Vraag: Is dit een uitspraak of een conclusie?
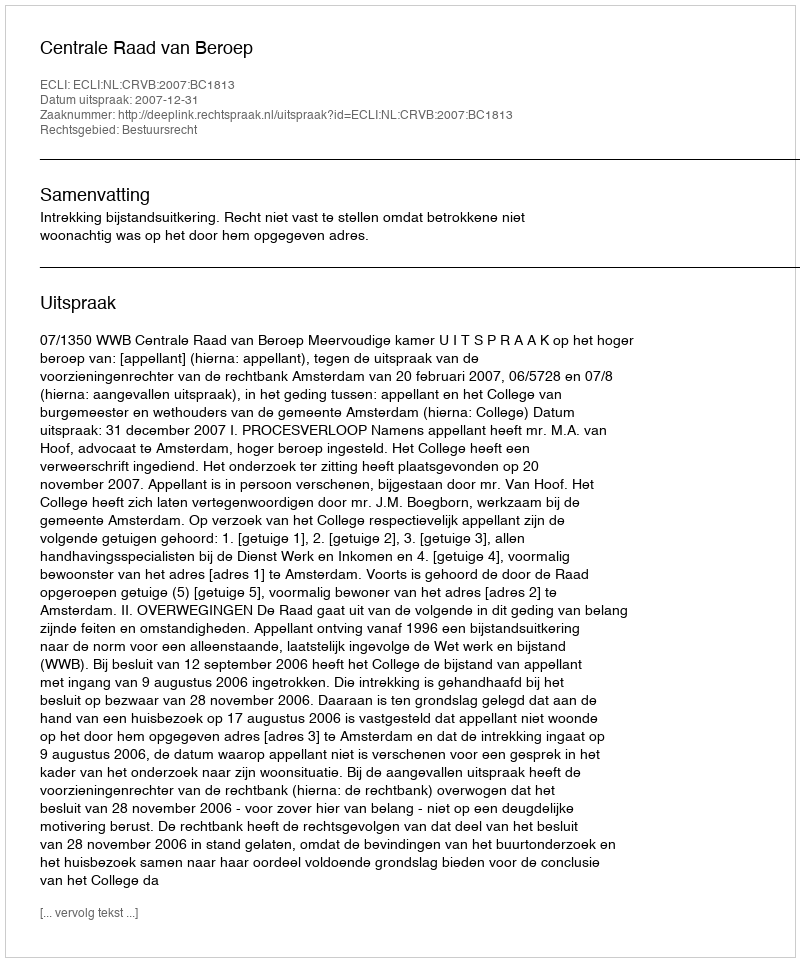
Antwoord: Uitspraak